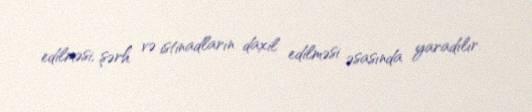
edilməsi, şərh və istinadların daxil edilməsi əsasında yaradılır.